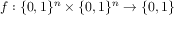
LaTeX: f : \{ 0 , 1 \} ^ { n } \times \{ 0 , 1 \} ^ { n } \rightarrow \{ 0 , 1 \}